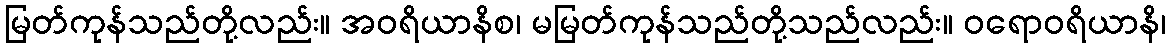
မြတ်ကုန်သည်တို့လည်း။ အဝရိယာနိစ၊ မမြတ်ကုန်သည်တို့သည်လည်း။ ဝရောဝရိယာနိ၊